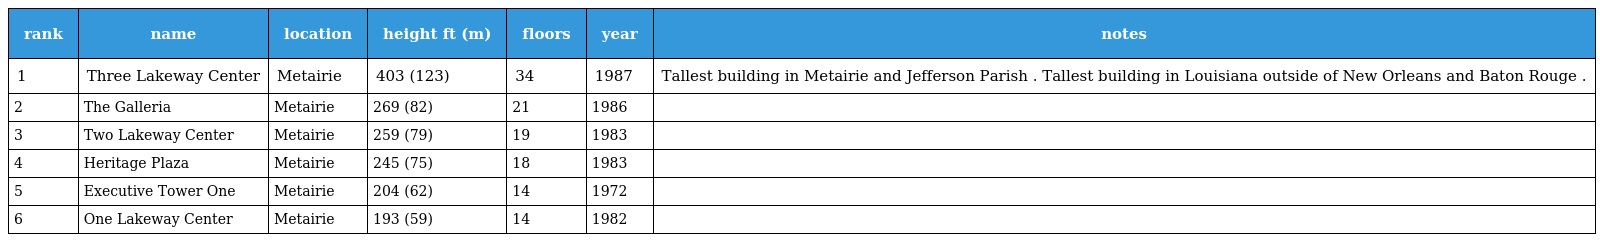
| rank | name | location | height ft (m) | floors | year | notes |
 | --- | --- | --- | --- | --- | --- | --- |
 | 1 | Three Lakeway Center | Metairie | 403 (123) | 34 | 1987 | Tallest building in Metairie and Jefferson Parish . Tallest building in Louisiana outside of New Orleans and Baton Rouge . |
 | 2 | The Galleria | Metairie | 269 (82) | 21 | 1986 |  |
 | 3 | Two Lakeway Center | Metairie | 259 (79) | 19 | 1983 |  |
 | 4 | Heritage Plaza | Metairie | 245 (75) | 18 | 1983 |  |
 | 5 | Executive Tower One | Metairie | 204 (62) | 14 | 1972 |  |
 | 6 | One Lakeway Center | Metairie | 193 (59) | 14 | 1982 |  |